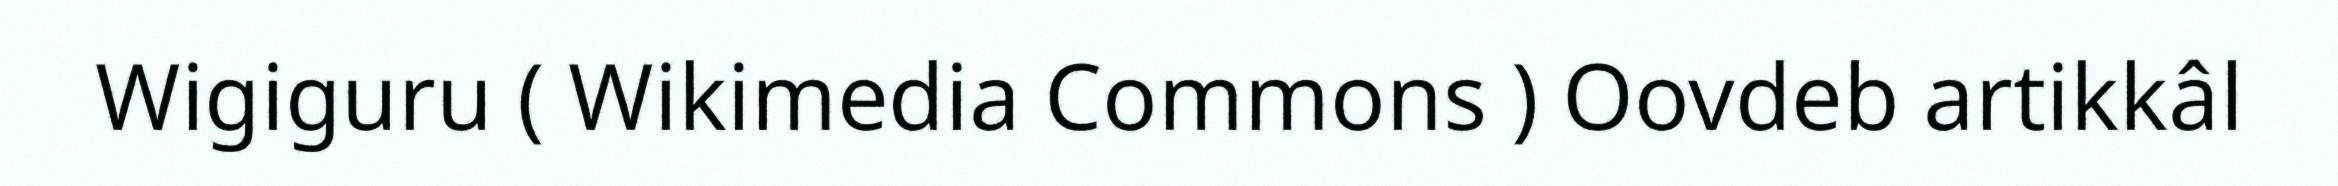
Wigiguru ( Wikimedia Commons ) Oovdeb artikkâl